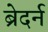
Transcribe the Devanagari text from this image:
ब्रेदर्न